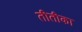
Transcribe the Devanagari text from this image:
तीतीका